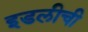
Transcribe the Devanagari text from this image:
इडलीची